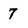
Character: 7